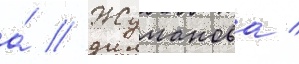
а́ // Жуманова /